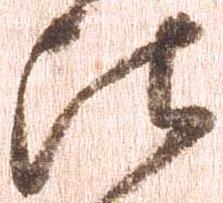
比